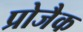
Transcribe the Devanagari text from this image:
प्रोजैक